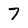
Character: 7